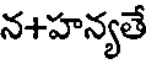
న+హన్యతే